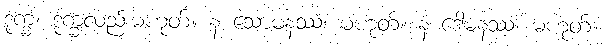
ဒုက္ခံ၊ ဒုက္ခလည်းမဟုတ်။ န သောမနဿံ၊ မဟုတ်။ နံ ဒေါမနဿံ၊ မဟုတ်။